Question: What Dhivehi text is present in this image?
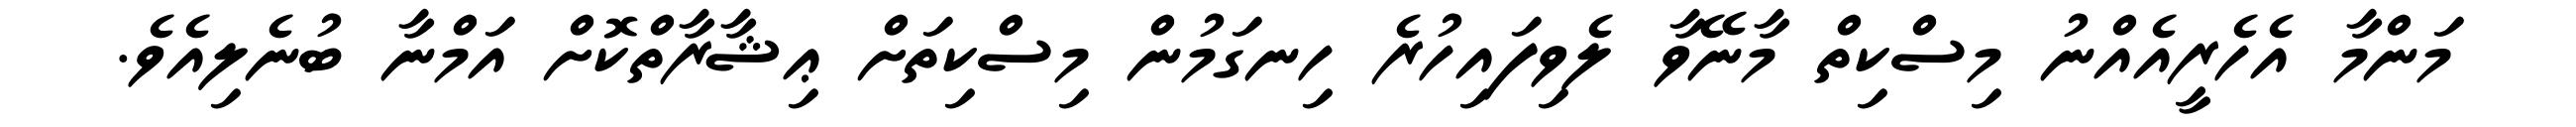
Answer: މަންމާ އެހެރީއެއްނު މިސްކިތް މާނޭވާ ލެވިފައިހުރެ ހިނގަމުން މިސްކިތަށް ޢިޝާރާތްކޮށް އަމްނާ ބުނެލިއެވެ.